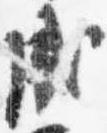
成